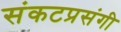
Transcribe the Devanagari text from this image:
संकटप्रसंगी